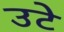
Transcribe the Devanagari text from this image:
उटे